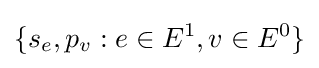
\{s_{e},p_{v}:e\in E^{1},v\in E^{0}\}